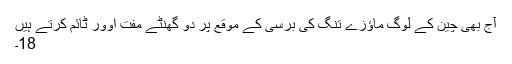
آج بھی چین کے لوگ ماؤزے تنگ کی برسی کے موقع پر دو گھنٹے مفت اوور ٹائم کرتے ہیں
18۔